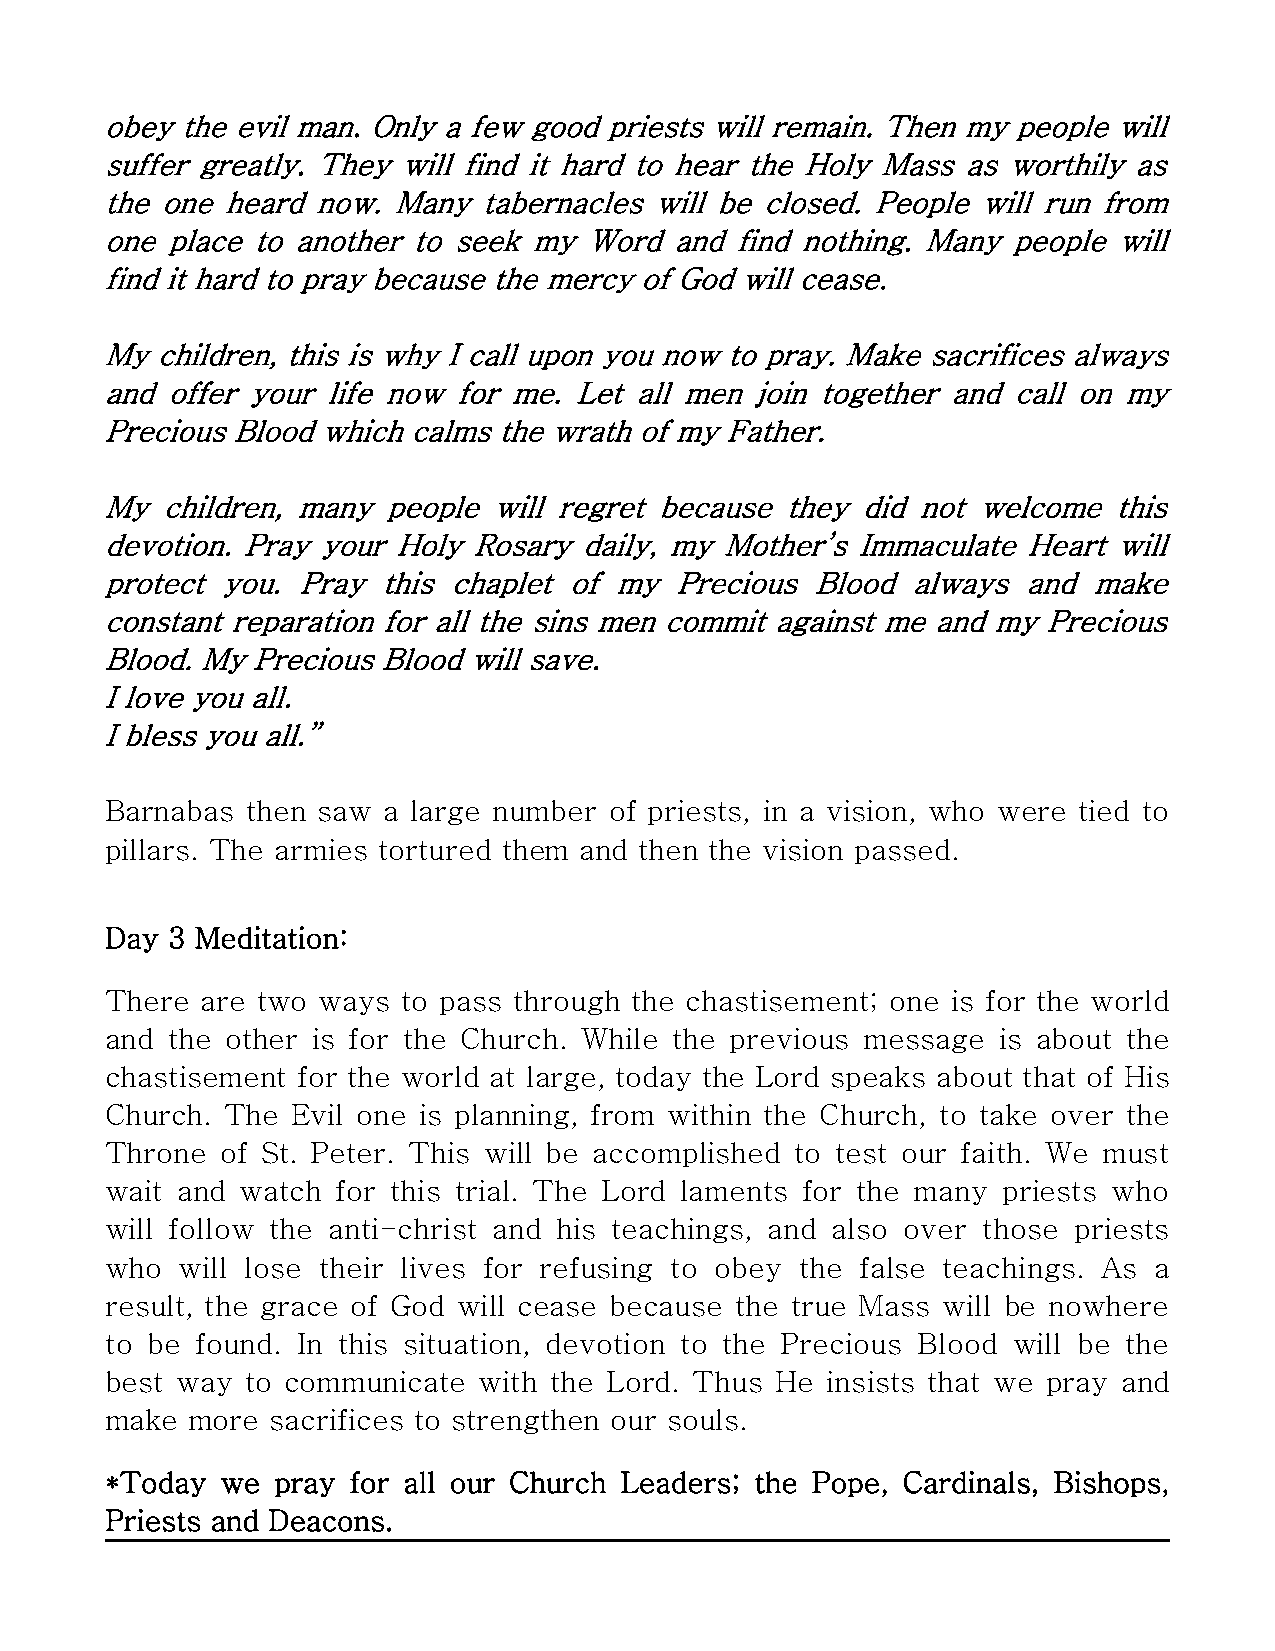
obey the evil man. Only a few good priests will remain. Then my people will
 suffer greatly. They will find it hard to hear the Holy Mass as worthily as
 the one heard now. Many  tabernacles will be closed. People will run from
 one place to another to seek my Word  and find nothing. Many people will
 find it hard to pray because the mercy of God will cease.
 My children, this is why I call upon you now to pray. Make sacrifices always
 and offer your life now for me. Let all men join together and call on my
 Precious Blood which calms the wrath of my Father.
 My  children, many people will regret because they did not welcome this
 devotion. Pray your Holy Rosary daily, my Mother’s Immaculate Heart will
 protect you. Pray this chaplet of my  Precious Blood always  and make
 constant reparation for all the sins men commit against me and my Precious
 Blood. My Precious Blood will save.
 I love you all.
 I bless you all.”
 Barnabas then saw a large number of priests, in a vision, who were tied to
 pillars. The armies tortured them and then the vision passed.
 Day 3 Meditation:
 There are two ways  to pass through the chastisement; one is for the world
 and the other is for the Church. While the previous message is about the
 chastisement for the world at large, today the Lord speaks about that of His
 Church. The Evil one is planning, from within the Church, to take over the
 Throne  of St. Peter. This will be accomplished to test our faith. We must
 wait and watch for this trial. The Lord laments for the many priests who
 will follow the anti-christ and his teachings, and also over those priests
 who  will lose their lives for refusing to obey the false teachings. As a
 result, the grace of God will cease because the true Mass will be nowhere
 to be found. In this situation, devotion to the Precious Blood will be the
 best way to communicate  with the Lord. Thus He insists that we pray and
 make more  sacrifices to strengthen our souls.
 *Today  we pray for all our Church Leaders; the Pope, Cardinals, Bishops,
 Priests and Deacons.